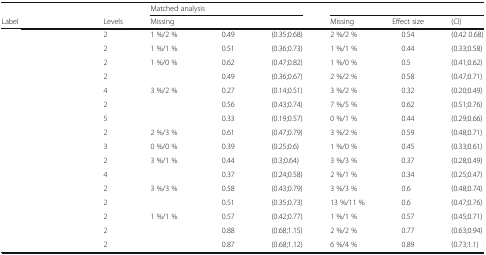
<table><thead><tr><td>[EMPTY_CELL]</td><td>[EMPTY_CELL]</td><td colspan="3"><b>Matched analysis</b></td><td colspan="3">[EMPTY_CELL]</td></tr><tr><td><b>Label</b></td><td><b>Levels</b></td><td><b>Missing</b></td><td>[EMPTY_CELL]</td><td>[EMPTY_CELL]</td><td><b>Missing</b></td><td><b>Effect size</b></td><td><b>(CI)</b></td></tr></thead><tbody><tr><td>[EMPTY_CELL]</td><td>2</td><td>1 %/2 %</td><td>0.49</td><td>(0.35;0.68)</td><td>2 %/2 %</td><td>0.54</td><td>(0.42 0.68)</td></tr><tr><td>[EMPTY_CELL]</td><td>2</td><td>1 %/1 %</td><td>0.51</td><td>(0.36;0.73)</td><td>1 %/1 %</td><td>0.44</td><td>(0.33;0.58)</td></tr><tr><td>[EMPTY_CELL]</td><td>2</td><td>1 %/0 %</td><td>0.62</td><td>(0.47;0.82)</td><td>1 %/0 %</td><td>0.5</td><td>(0.41;0.62)</td></tr><tr><td>[EMPTY_CELL]</td><td>2</td><td>[EMPTY_CELL]</td><td>0.49</td><td>(0.36;0.67)</td><td>2 %/2 %</td><td>0.58</td><td>(0.47;0.71)</td></tr><tr><td>[EMPTY_CELL]</td><td>4</td><td>3 %/2 %</td><td>0.27</td><td>(0.14;0.51)</td><td>3 %/2 %</td><td>0.32</td><td>(0.20;0.49)</td></tr><tr><td>[EMPTY_CELL]</td><td>2</td><td>[EMPTY_CELL]</td><td>0.56</td><td>(0.43;0.74)</td><td>7 %/5 %</td><td>0.62</td><td>(0.51;0.76)</td></tr><tr><td>[EMPTY_CELL]</td><td>5</td><td>[EMPTY_CELL]</td><td>0.33</td><td>(0.19;0.57)</td><td>0 %/1 %</td><td>0.44</td><td>(0.29;0.66)</td></tr><tr><td>[EMPTY_CELL]</td><td>2</td><td>2 %/3 %</td><td>0.61</td><td>(0.47;0.79)</td><td>3 %/2 %</td><td>0.59</td><td>(0.48;0.71)</td></tr><tr><td>[EMPTY_CELL]</td><td>3</td><td>0 %/0 %</td><td>0.39</td><td>(0.25;0.6)</td><td>1 %/0 %</td><td>0.45</td><td>(0.33;0.61)</td></tr><tr><td>[EMPTY_CELL]</td><td>2</td><td>3 %/1 %</td><td>0.44</td><td>(0.3;0.64)</td><td>3 %/3 %</td><td>0.37</td><td>(0.28;0.49)</td></tr><tr><td>[EMPTY_CELL]</td><td>4</td><td>[EMPTY_CELL]</td><td>0.37</td><td>(0.24;0.58)</td><td>2 %/1 %</td><td>0.34</td><td>(0.25;0.47)</td></tr><tr><td>[EMPTY_CELL]</td><td>2</td><td>3 %/3 %</td><td>0.58</td><td>(0.43;0.79)</td><td>3 %/3 %</td><td>0.6</td><td>(0.48;0.74)</td></tr><tr><td>[EMPTY_CELL]</td><td>2</td><td>[EMPTY_CELL]</td><td>0.51</td><td>(0.35;0.73)</td><td>13 %/11 %</td><td>0.6</td><td>(0.47;0.76)</td></tr><tr><td>[EMPTY_CELL]</td><td>2</td><td>1 %/1 %</td><td>0.57</td><td>(0.42;0.77)</td><td>1 %/1 %</td><td>0.57</td><td>(0.45;0.71)</td></tr><tr><td>[EMPTY_CELL]</td><td>2</td><td>[EMPTY_CELL]</td><td>0.88</td><td>(0.68;1.15)</td><td>2 %/2 %</td><td>0.77</td><td>(0.63;0.94)</td></tr><tr><td>[EMPTY_CELL]</td><td>2</td><td>[EMPTY_CELL]</td><td>0.87</td><td>(0.68;1.12)</td><td>6 %/4 %</td><td>0.89</td><td>(0.73;1.1)</td></tr></tbody></table>